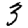
Digit: 3